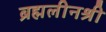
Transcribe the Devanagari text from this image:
ब्रह्मलीनश्री